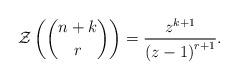
LaTeX: \begin{align*}\mathcal{Z}\left( \dbinom{n+k}{r}\right) =\frac{z^{k+1}}{\left( z-1\right)^{r+1}}. \end{align*}